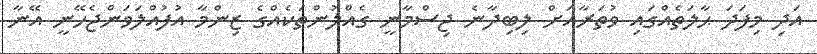
އަދި މިފަދަ ޙާލަތެއްގައި ވުތަރާއަށް ލިބިދާނެ ޖިސްމާނީ ގެއްލުންތަކެއްގެ ޒިންމާ އުފުއްލަވަންޖެހޭނީ އޭނާ